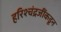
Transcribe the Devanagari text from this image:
हरिश्चंद्रजींकडून